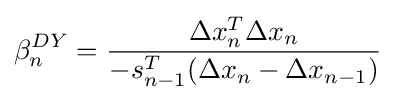
\beta _{n}^{DY}={\frac {\Delta x_{n}^{T}\Delta x_{n}}{-s_{n-1}^{T}(\Delta x_{n}-\Delta x_{n-1})}}